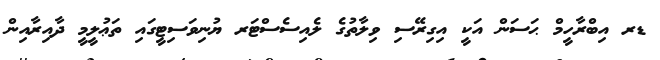
ޑރ އިބްރާހީމް ޙަސަން އަކީ އިގިރޭސި ވިލާތުގެ ލެއިސެސްޓަރ ޔުނިވަސިޓީގައި ތަޢުލީމީ ދާއިރާއިން